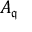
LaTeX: A _ { \mathfrak { q } }